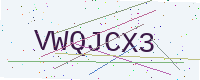
Text: VWQJCX3